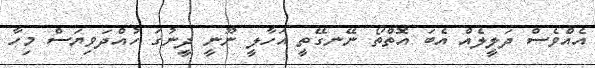
އެއްވެސް ދަލީލެއް އެބަ އޮތްތޯ ނޭނގޭތީ އަހާލީ ނޫނީ ދީނުގަ ހުއްދަވިޔަސް މިހާ